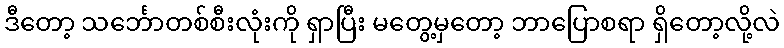
ဒီတော့ သင်္ဘောတစ်စီးလုံးကို ရှာပြီး မတွေ့မှတော့ ဘာပြောစရာ ရှိတော့လို့လဲ